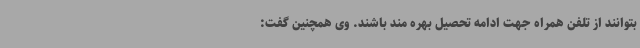
بتوانند از تلفن همراه جهت ادامه تحصیل بهره مند باشند. وی همچنین گفت: